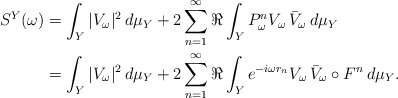
\begin{align*} S^Y(\omega) & =\int_Y|V_{\omega}|^2\,d\mu_Y+2\sum_{n=1}^\infty\Re\int_Y P_\omega^nV_{\omega}\,\bar V_{\omega}\,d\mu_Y \\& =\int_Y|V_{\omega}|^2\,d\mu_Y+2\sum_{n=1}^\infty\Re\int_Y e^{-i\omega r_n}V_{\omega}\,\bar V_{\omega}\circ F^n\,d\mu_Y.\end{align*}